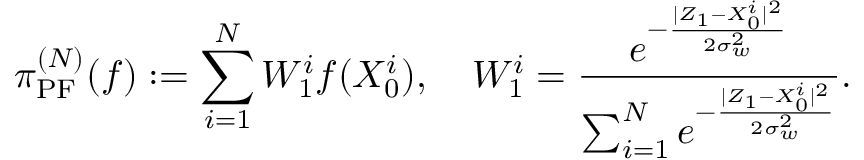
\pi _ { \mathrm { P F } } ^ { ( N ) } ( f ) : = \sum _ { i = 1 } ^ { N } W _ { 1 } ^ { i } f ( X _ { 0 } ^ { i } ) , \quad W _ { 1 } ^ { i } = \frac { e ^ { - \frac { | Z _ { 1 } - X _ { 0 } ^ { i } | ^ { 2 } } { 2 \sigma _ { w } ^ { 2 } } } } { \sum _ { i = 1 } ^ { N } e ^ { - \frac { | Z _ { 1 } - X _ { 0 } ^ { i } | ^ { 2 } } { 2 \sigma _ { w } ^ { 2 } } } } .